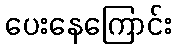
ပေးနေကြောင်း